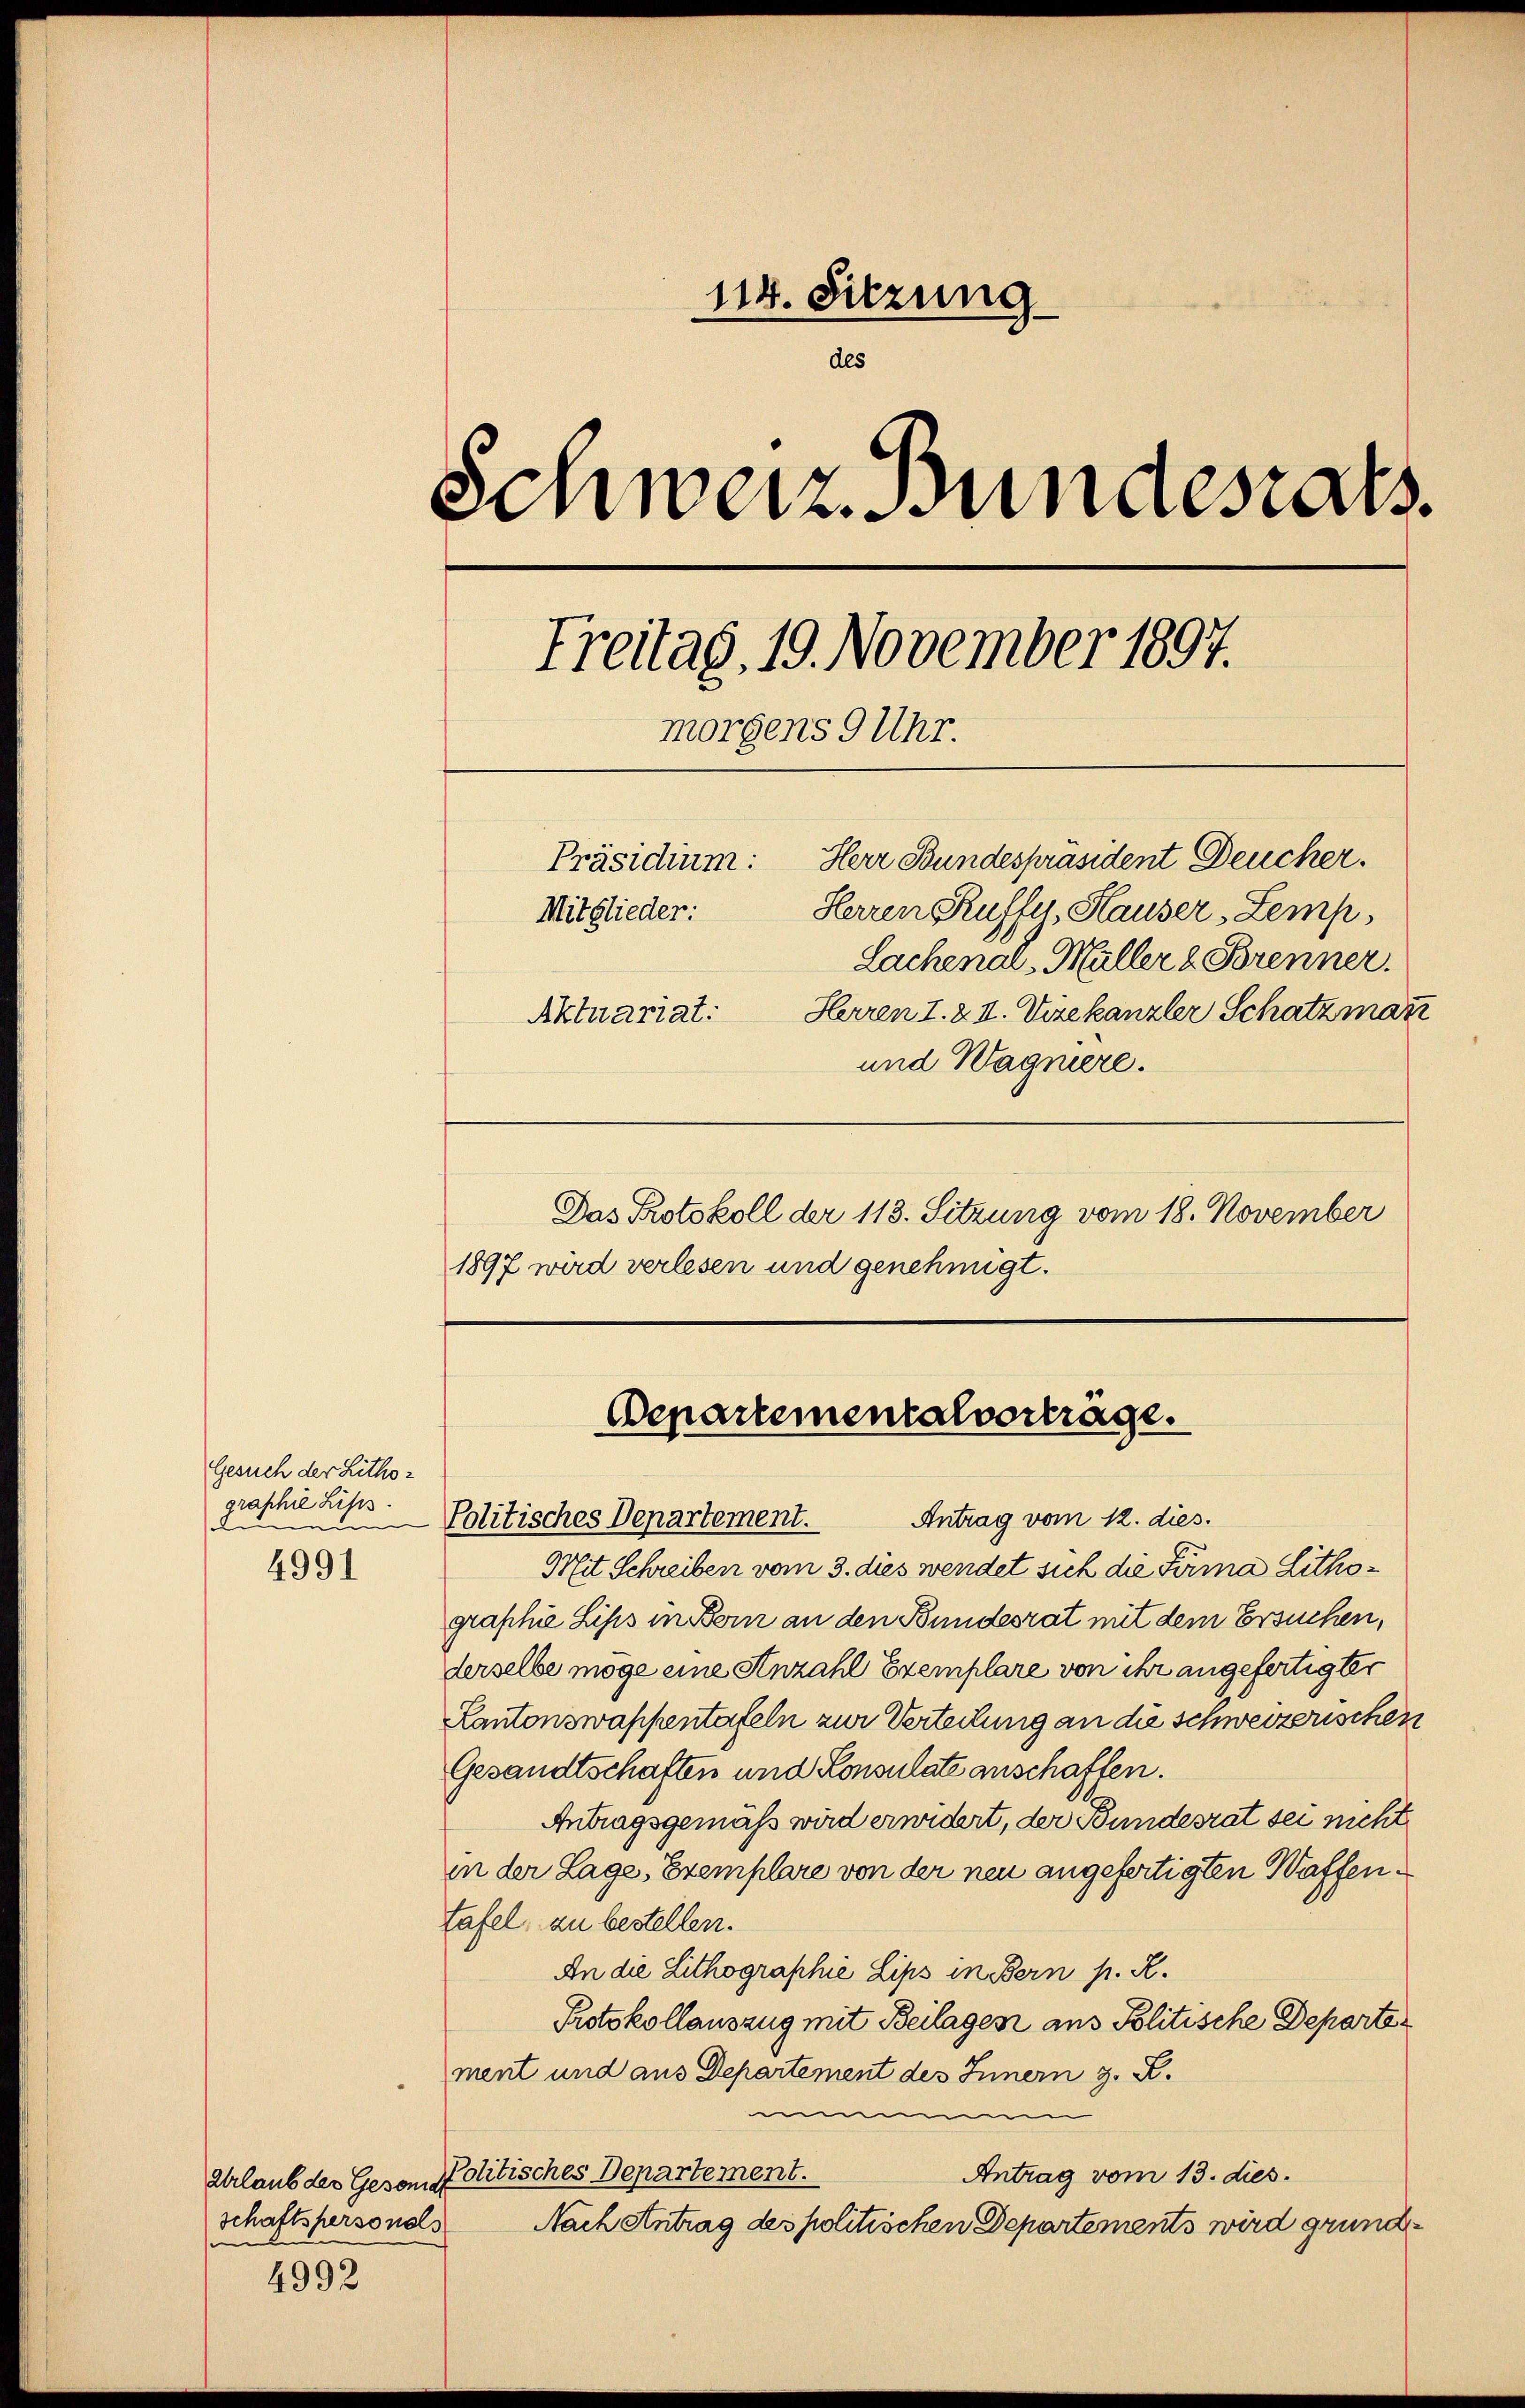
Gesuch der Lithor
graphie Liss.
n
4991

Urlaub der Gesandt
schaftspersonals
e
4992

114. Sitzung
des
Schweiz. Bundesrats
Freitag. 19. November 1897.
morgens 9 Uhr.
Präsidium: Herr Bundespräsident Deucher.
Herren Kuffer, Hauser-Lemp
Mitglieder:
Lachenal, Müller & Brenner.
Herren I. 8. II. Vizekanzler Schatzman
Aktuariat:

und Wagniere.
Das Protokoll der 113. Sitzung vom 18. November
1897 wird verlesen und genehmigt.

Mit Schreiben vom 3. dies wendet sich die Firma Lithographie Lips in Bern an den Bundesrat mit dem Ersuchen,
derselbe möge eine Anzahl Exemplare von ihr angefertigter
Kantonswappentafeln zur Verteilung an die schweizerischen
Gesandtschaften und Konsulate anschaffen.
Antragsgemäß wird erwidert, der Bundesrat sei nicht
in der Lage, Exemplare von der neu angefertigten Waffentafel, zu bestellen.
An die Lithographie Lips in Bern p. R.
Protokollauszug mit Beilages aus Politische Departe
ment und aus Departement des Innern z. B.
m
Politisches Departement.
Antrag vom 13. dies
Nach Antrag des politischen Departements wird grund¬

Departementalverträge.
Politisches Departement. Antrag vom 12. dies.